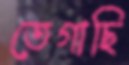
তেগাছি